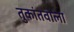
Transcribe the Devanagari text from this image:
तुकांतवाला